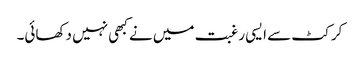
کرکٹ سے ایسی رغبت میں نے کبھی نہیں دکھائی۔